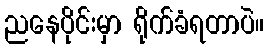
ညနေပိုင်းမှာ ရိုက်ခံရတာပဲ။